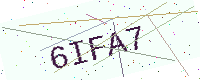
Text: 6IFA7